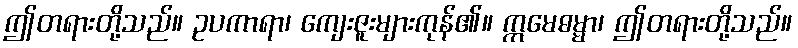
ဤတရားတို့သည်။ ဥပကာရာ၊ ကျေးဇူးများကုန်၏။ ဣမေဓမ္မာ၊ ဤတရားတို့သည်။